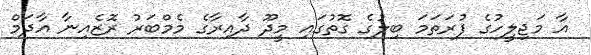
އާ މަޖިލީހުގެ ފުރަތަމަ ބިލުގެ ގޮތުގައި މީދޫ ދާއިރާގެ މެމްބަރު ރޮޒެއިނާ އާދަމް